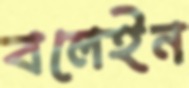
বলেইন